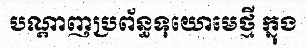
បណ្តាញប្រព័ន្ធទុយោមេថ្មី ក្នុង